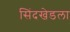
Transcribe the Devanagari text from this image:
सिंदखेडला